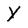
Character: Y